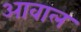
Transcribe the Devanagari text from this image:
आवाल